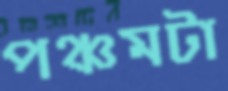
পঞ্চমটা